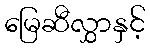
မြေဆီလွှာနှင့်